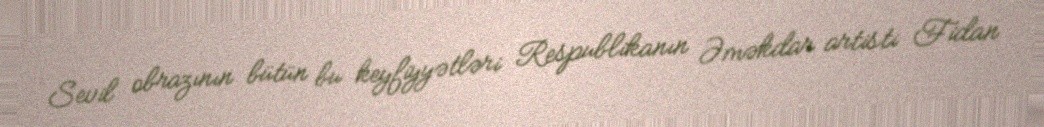
Sevil obrazının bütün bu keyfiyyətləri Respublikanın Əməkdar artisti Fidan